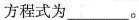
方程式为___。